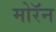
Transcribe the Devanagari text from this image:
मोरॅन